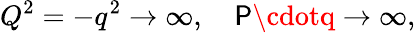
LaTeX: Q^{2}=-q^{2}\rightarrow\infty,\quad\mathsf{P}\cdotq\rightarrow\infty,